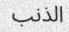
الذنب